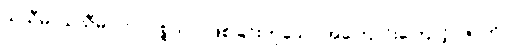
သုသီမ၊ သုသီမ။ ဘဝပစ္စယာ၊ ဖြစ်ခြင်းဟူသော အကြောင်းကြောင့်။ ဇာတိ၊